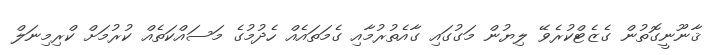
ޤާނޫނީގޮތުން ގެޒެޓްކުރެވޭ ލިޔުން މަގުގައި ގާއެތުރުމާއި ގެމަތައެއް ހެދުމުގެ މަސައްކަތެއް ކުރުމަށް ކްރިމިނަލް